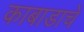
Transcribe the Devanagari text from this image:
काबाडाचे